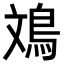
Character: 鳼